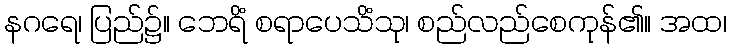
နဂရေ၊ ပြည်၌။ ဘေရိံ စရာပေသိံသု၊ စည်လည်စေကုန်၏။ အထ၊